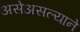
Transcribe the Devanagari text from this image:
असेअसल्याने